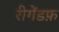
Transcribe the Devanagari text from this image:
रीगेंडफ़